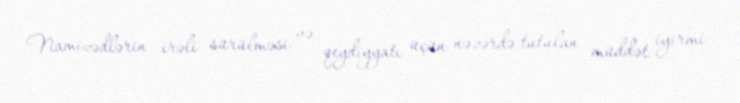
Namizədlərin irəli sürülməsi və qeydiyyatı üçün nəzərdə tutulan müddət iyirmi